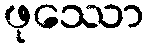
ဖုဿော